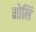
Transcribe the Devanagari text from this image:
मोलिं